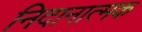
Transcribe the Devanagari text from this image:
निदानात्‍मक